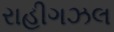
રાહીગઝલ